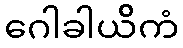
ဂေါခါယိကံ